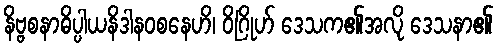
နိဗ္ဗစနာဓိပ္ပါယနိဒါနဝစနေဟိ၊ ဝိဂြိုဟ် ဒေသက၏အလို ဒေသနာ၏